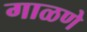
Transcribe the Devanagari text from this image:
गाळणे